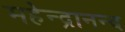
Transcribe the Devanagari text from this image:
महेन्द्रानन्द